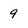
Character: 9